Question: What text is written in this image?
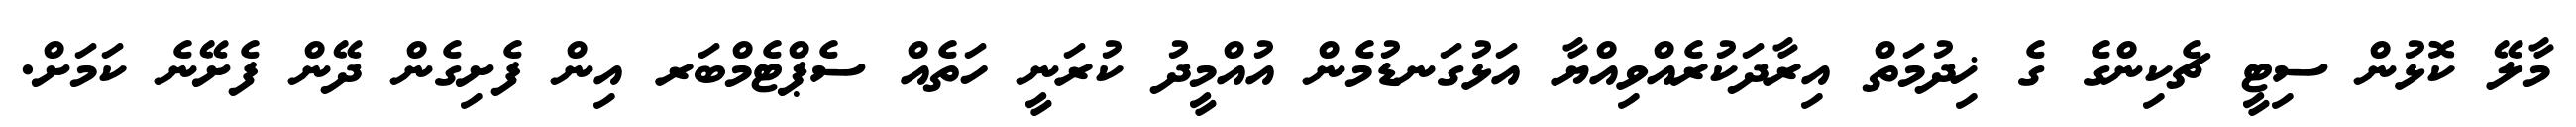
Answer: މާލޭ ކޮޅުން ސިޓީ ޗެކިންގެ ގެ ޚިދުމަތް އިރާދަކުރެއްވިއްޔާ އަޅުގަނޑުމެން އުއްމީދު ކުރަނީ ހަތެއް ސެޕްޓެމްބަރ އިން ފެށިގެން ދޭން ފެށޭނެ ކަމަށް.